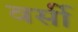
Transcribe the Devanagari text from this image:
वर्सी